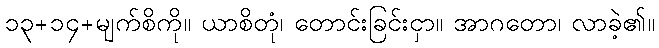
၁၃+၁၄+မျက်စိကို။ ယာစိတုံ၊ တောင်းခြင်းငှာ။ အာဂတော၊ လာခဲ့၏။